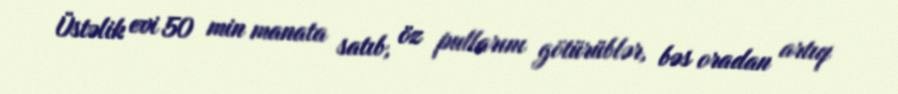
Üstəlik evi 50 min manata satıb, öz pullarını götürüblər, bəs oradan artıq